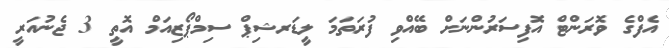
އެފްގެ ވޮރަންޓް އޮފިސަރުންނަށް ބޭއްވި ފުރަތަމަ ލީޑަރޝިޕް ސިމްޕޯޒިއަމް އޮތީ 3 ޖެނުއަރީ